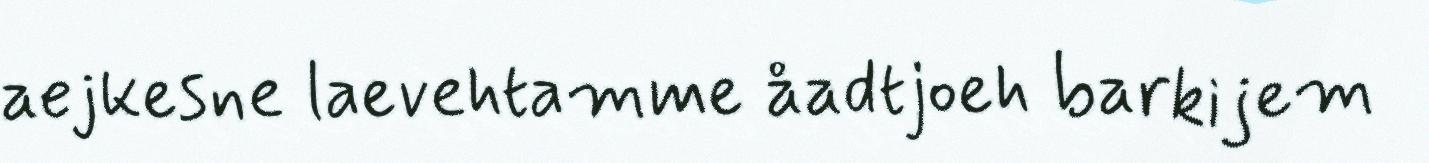
aejkesne laevehtamme åadtjoeh barkijem